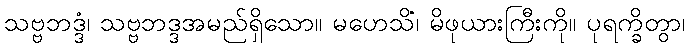
သဗ္ဗဘဒ္ဒံ၊ သဗ္ဗဘဒ္ဒအမည်ရှိသော။ မဟေသိံ၊ မိဖုယားကြီးကို။ ပုရက္ခိတွာ၊